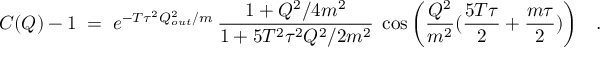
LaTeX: C ( Q ) - 1 \; = \; e ^ { - T \tau ^ { 2 } Q _ { o u t } ^ { 2 } / m } \: { \frac { 1 + Q ^ { 2 } / 4 m ^ { 2 } } { 1 + 5 T ^ { 2 } \tau ^ { 2 } Q ^ { 2 } / 2 m ^ { 2 } } } \; \cos \bigg ( { \frac { Q ^ { 2 } } { m ^ { 2 } } } ( { \frac { 5 T \tau } { 2 } } + { \frac { m \tau } { 2 } } ) \bigg ) ~ ~ ~ .